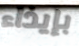
بإيذاء